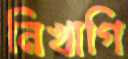
নিখাগি